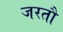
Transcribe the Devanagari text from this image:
जरतौ